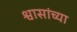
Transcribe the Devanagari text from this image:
श्वासांच्या